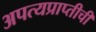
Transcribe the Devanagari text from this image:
अपत्यप्राप्तीची